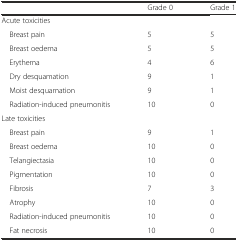
<table><thead><tr><td></td><td><b>Grade 0</b></td><td><b>Grade 1</b></td></tr></thead><tbody><tr><td>Acute toxicities</td><td></td><td></td></tr><tr><td> Breast pain</td><td>5</td><td>5</td></tr><tr><td> Breast oedema</td><td>5</td><td>5</td></tr><tr><td> Erythema</td><td>4</td><td>6</td></tr><tr><td> Dry desquamation</td><td>9</td><td>1</td></tr><tr><td> Moist desquamation</td><td>9</td><td>1</td></tr><tr><td> Radiation-induced pneumonitis</td><td>10</td><td>0</td></tr><tr><td>Late toxicities</td><td></td><td></td></tr><tr><td> Breast pain</td><td>9</td><td>1</td></tr><tr><td> Breast oedema</td><td>10</td><td>0</td></tr><tr><td> Telangiectasia</td><td>10</td><td>0</td></tr><tr><td> Pigmentation</td><td>10</td><td>0</td></tr><tr><td> Fibrosis</td><td>7</td><td>3</td></tr><tr><td> Atrophy</td><td>10</td><td>0</td></tr><tr><td> Radiation-induced pneumonitis</td><td>10</td><td>0</td></tr><tr><td> Fat necrosis</td><td>10</td><td>0</td></tr></tbody></table>